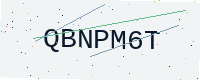
Text: QBNPM6T